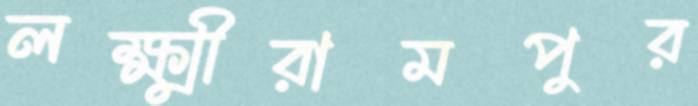
লক্ষ্মীরামপুর